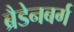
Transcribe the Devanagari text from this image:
ब्रैडेनबर्ग